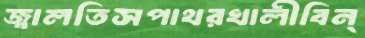
জ্বালতিসপাথরখালীবিন্